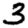
Digit: 3